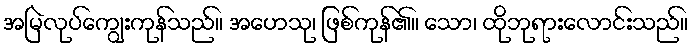
အမြဲလုပ်ကျွေးကုန်သည်။ အဟေသု၊ ဖြစ်ကုန်၏။ သော၊ ထိုဘုရားလောင်းသည်။